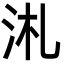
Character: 㳐